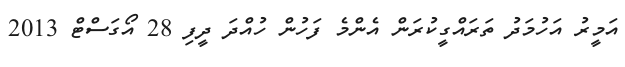
އަމީރު އަހުމަދު ތަރައްގީކުރަން އެންމެ ފަހުން ހުއްދަ ދީފި 28 އޯގަސްޓް 2013